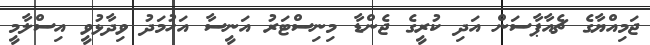
ޖަމިއްޔާގެ ޗެއާޕާސަން އަދި ކުރީގެ ޖެންޑާ މިނިސްޓަރު އަނީސާ އަހުމަދު ވިދާޅުވީ އިސްލާމީ